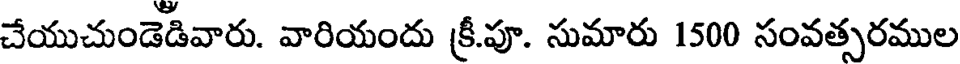
చేయుచుండెడివారు. వారియందు క్రీ.పూ. సుమారు 1500 సంవత్సరముల